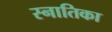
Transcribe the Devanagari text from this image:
स्नातिका